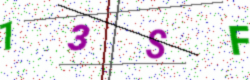
Text: 13SF